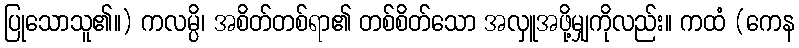
ပြုသောသူ၏။) ကလမ္ပိ၊ အစိတ်တစ်ရာ၏ တစ်စိတ်သော အလှူအဖို့မျှကိုလည်း။ ကထံ (ကေန